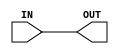

`ifdef BSV_ASSIGNMENT_DELAY
`else
`define BSV_ASSIGNMENT_DELAY
`endif


module ConvertFromZ( IN, OUT);
   
   parameter width = 1;
   input [width - 1 : 0]       IN;
   output [width - 1 : 0]      OUT;
   
   tri [width - 1 : 0]  BUS;
   
   assign BUS = IN;
   assign OUT = BUS;
   
endmodule